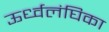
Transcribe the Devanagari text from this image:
ऊर्ध्वलंघिका